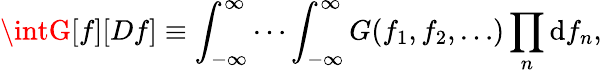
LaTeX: \intG[f][Df]\equiv\int_{-\infty}^{\infty}\cdots\int_{-\infty}^{\infty}G(f_{1},f_{2},\ldots)\prod_{n}\mathrm{d}f_{n},